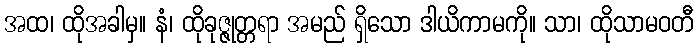
အထ၊ ထိုအခါမှ။ နံ၊ ထိုခုဇ္ဇုတ္တရာ အမည် ရှိသော ဒါယိကာမကို။ သာ၊ ထိုသာမဝတီ